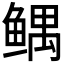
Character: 𱈂